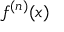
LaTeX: f ^ { ( n ) } ( x )